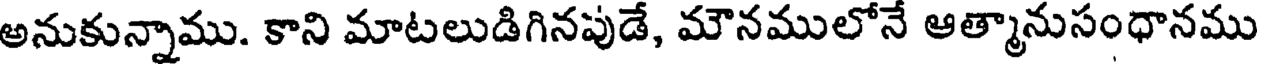
అనుకున్నాము. కాని మాటలుడిగినపుడే, మౌనములోనే ఆత్మానుసంధానము